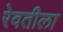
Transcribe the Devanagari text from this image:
रेवतीला